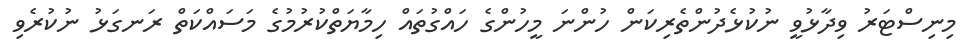
މިނިސްޓަރު ވިދާޅުވީ ނުކުޅެދުންތެރިކަން ހުންނަ މީހުންގެ ހައްގުތައް ހިމާޔަތްކުރުމުގެ މަސައްކަތް ރަނގަޅު ނުކުރެވި